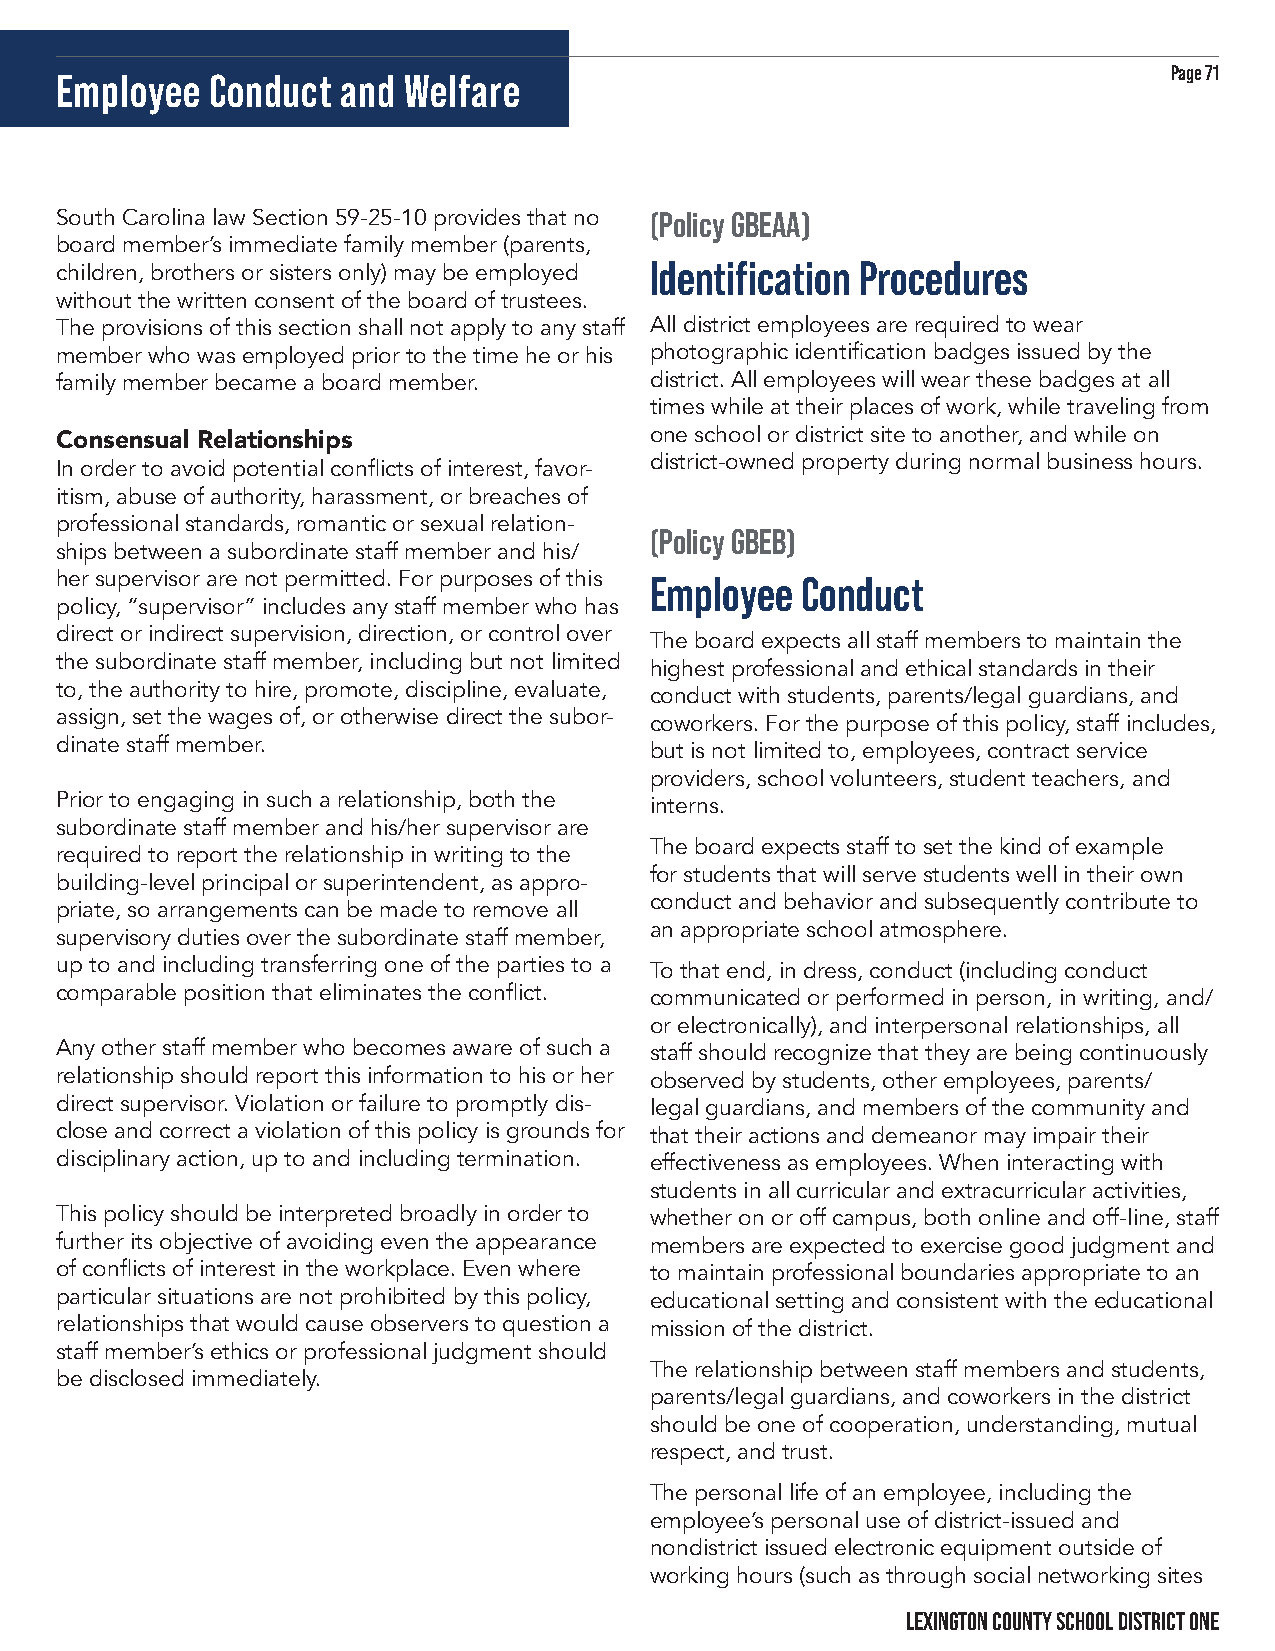
Page 71
 Employee  Conduct  and Welfare
 South Carolina law Section 59-25-10 provides that no (Policy GBEAA)
 board member’s immediate family member (parents,
 Identification Procedures
 children, brothers or sisters only) may be employed
 without the written consent of the board of trustees.
 The provisions of this section shall not apply to any staff All district employees are required to wear
 member who was employed prior to the time he or his photographic identification badges issued by the
 family member became a board member.   district. All employees will wear these badges at all
 times while at their places of work, while traveling from
 one school or district site to another, and while on
 Consensual Relationships
 district-owned property during normal business hours.
 In order to avoid potential conflicts of interest, favor-
 itism, abuse of authority, harassment, or breaches of
 professional standards, romantic or sexual relation-
 (Policy GBEB)
 ships between a subordinate staff member and his/
 her supervisor are not permitted. For purposes of this Employee Conduct
 policy, “supervisor” includes any staff member who has
 direct or indirect supervision, direction, or control over
 The board expects all staff members to maintain the
 the subordinate staff member, including but not limited
 highest professional and ethical standards in their
 to, the authority to hire, promote, discipline, evaluate,
 conduct with students, parents/legal guardians, and
 assign, set the wages of, or otherwise direct the subor-
 coworkers. For the purpose of this policy, staff includes,
 dinate staff member.
 but is not limited to, employees, contract service
 providers, school volunteers, student teachers, and
 Prior to engaging in such a relationship, both the interns.
 subordinate staff member and his/her supervisor are
 The board expects staff to set the kind of example
 required to report the relationship in writing to the
 for students that will serve students well in their own
 building-level principal or superintendent, as appro-
 conduct and behavior and subsequently contribute to
 priate, so arrangements can be made to remove all
 an appropriate school atmosphere.
 supervisory duties over the subordinate staff member,
 up to and including transferring one of the parties to a To that end, in dress, conduct (including conduct
 comparable position that eliminates the conflict. communicated or performed in person, in writing, and/
 or electronically), and interpersonal relationships, all
 Any other staff member who becomes aware of such a staff should recognize that they are being continuously
 relationship should report this information to his or her observed by students, other employees, parents/
 direct supervisor. Violation or failure to promptly dis- legal guardians, and members of the community and
 close and correct a violation of this policy is grounds for that their actions and demeanor may impair their
 disciplinary action, up to and including termination. effectiveness as employees. When interacting with
 students in all curricular and extracurricular activities,
 This policy should be interpreted broadly in order to whether on or off campus, both online and off-line, staff
 further its objective of avoiding even the appearance members are expected to exercise good judgment and
 of conflicts of interest in the workplace. Even where to maintain professional boundaries appropriate to an
 particular situations are not prohibited by this policy, educational setting and consistent with the educational
 relationships that would cause observers to question a mission of the district.
 staff member’s ethics or professional judgment should
 The relationship between staff members and students,
 be disclosed immediately.
 parents/legal guardians, and coworkers in the district
 should be one of cooperation, understanding, mutual
 respect, and trust.
 The personal life of an employee, including the
 employee’s personal use of district-issued and
 nondistrict issued electronic equipment outside of
 working hours (such as through social networking sites
 LEXINGTON COUNTY SCHOOL DISTRICT ONE